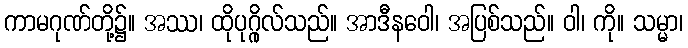
ကာမဂုဏ်တို့၌။ အဿ၊ ထိုပုဂ္ဂိုလ်သည်။ အာဒီနဝေါ၊ အပြစ်သည်။ ဝါ၊ ကို။ သမ္မာ၊